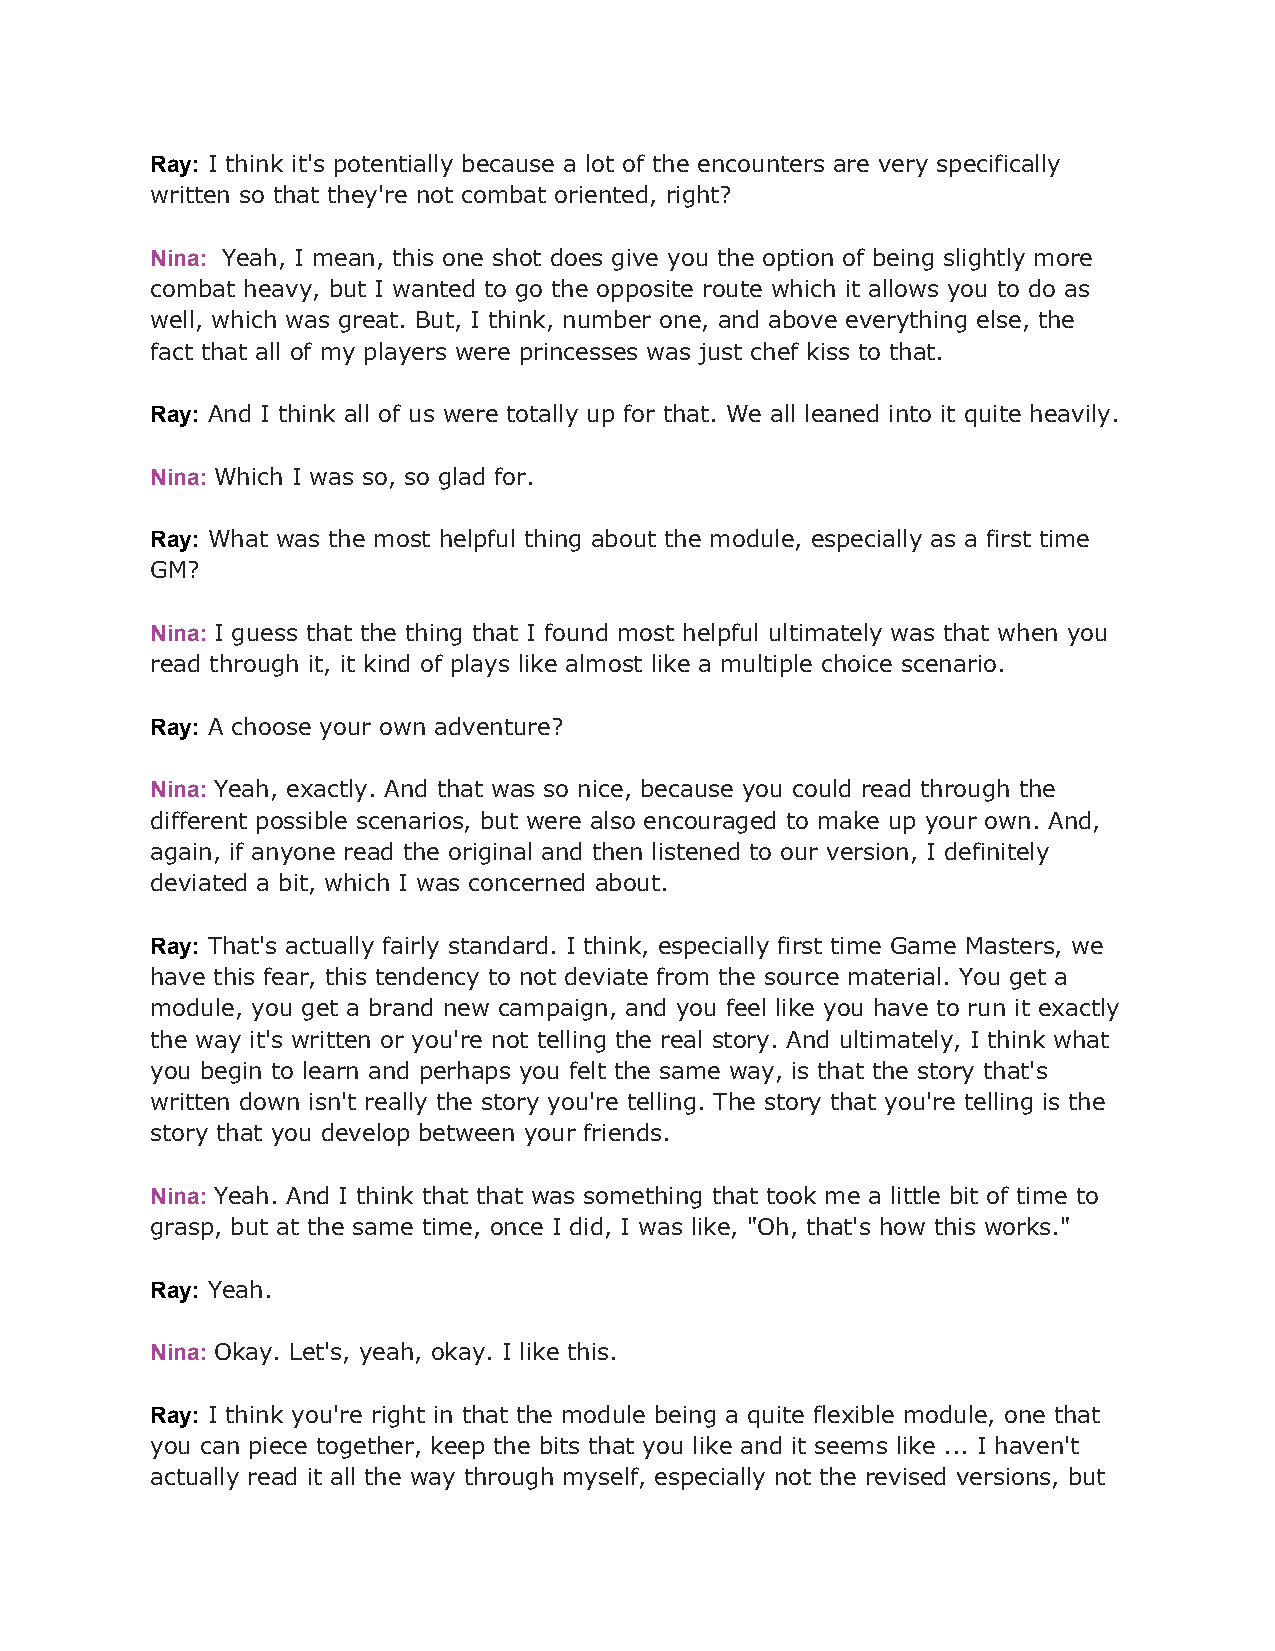
Ray: I think it's potentially because a lot of the encounters are very specifically
 ​
 written so that they're not combat oriented, right?
 Nina: Yeah, I mean, this one shot does give you the option of being slightly more
 ​
 combat heavy, but I wanted to go the opposite route which it allows you to do as
 well, which was great. But, I think, number one, and above everything else, the
 fact that all of my players were princesses was just chef kiss to that.
 Ray: And I think all of us were totally up for that. We all leaned into it quite heavily.
 ​
 Nina: Which I was so, so glad for.
 ​
 Ray: What was the most helpful thing about the module, especially as a first time
 ​
 GM?
 Nina: I guess that the thing that I found most helpful ultimately was that when you
 ​
 read through it, it kind of plays like almost like a multiple choice scenario.
 Ray: A choose your own adventure?
 ​
 Nina: Yeah, exactly. And that was so nice, because you could read through the
 ​
 different possible scenarios, but were also encouraged to make up your own. And,
 again, if anyone read the original and then listened to our version, I definitely
 deviated a bit, which I was concerned about.
 Ray: That's actually fairly standard. I think, especially first time Game Masters, we
 ​
 have this fear, this tendency to not deviate from the source material. You get a
 module, you get a brand new campaign, and you feel like you have to run it exactly
 the way it's written or you're not telling the real story. And ultimately, I think what
 you begin to learn and perhaps you felt the same way, is that the story that's
 written down isn't really the story you're telling. The story that you're telling is the
 story that you develop between your friends.
 Nina: Yeah. And I think that that was something that took me a little bit of time to
 ​
 grasp, but at the same time, once I did, I was like, "Oh, that's how this works."
 Ray: Yeah.
 ​
 Nina: Okay. Let's, yeah, okay. I like this.
 ​
 Ray: I think you're right in that the module being a quite flexible module, one that
 ​
 you can piece together, keep the bits that you like and it seems like ... I haven't
 actually read it all the way through myself, especially not the revised versions, but